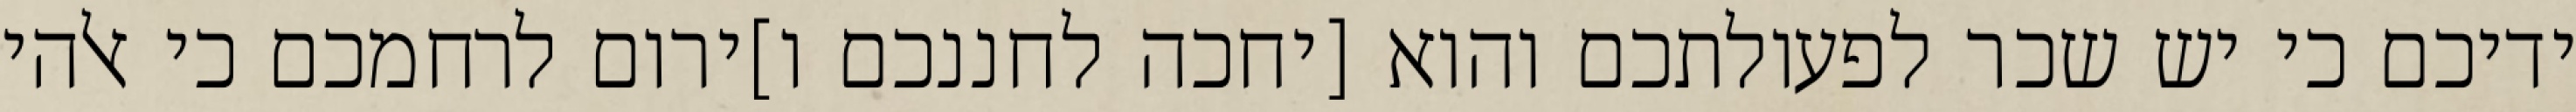
ידיכם כי יש שכר לפעולתכם והוא [יחכה לחננכם ו]ירום לרחמכם כי אלהי